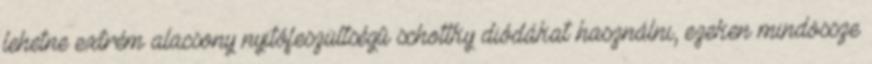
lehetne extrém alacsony nyitófeszültségû schottky diódákat használni, ezeken mindössze